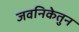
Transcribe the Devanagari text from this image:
जवनिकेतुन